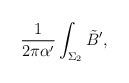
LaTeX: \begin{align*}{{1}\over{2\pi\alpha'}} \int_{\Sigma_2}\tilde B',\end{align*}